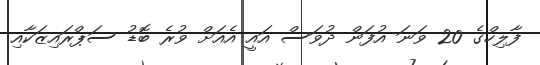
ފާލިހްގެ 20 ވަނަ އުފަން ދުވަސް އައީ އެއަށް ވުރެ ބޮޑު ސަޕްރައިޒަކާއި